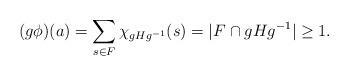
LaTeX: \begin{align*}(g\phi)(a) = \sum_{s \in F} \chi_{gHg^{-1}}(s) = |F \cap gHg^{-1}| \geq 1.\end{align*}